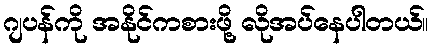
ဂျပန်ကို အနိုင်ကစားဖို့ လိုအပ်နေပါတယ်။